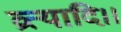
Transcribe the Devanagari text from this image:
व्रत्यादि।।